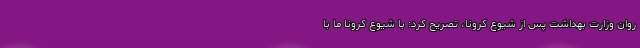
روان وزارت بهداشت پس از شیوع کرونا، تصریح کرد: با شیوع کرونا ما با